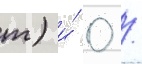
т) и́ 0 /